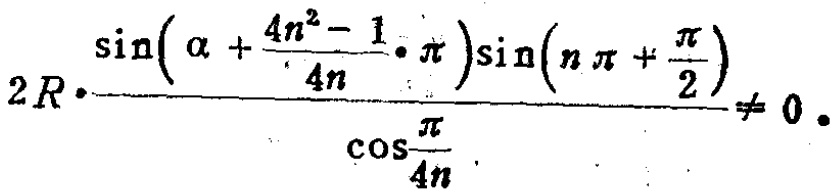
\[2R\cdot\frac{\sin\left(\alpha + \frac{4n^{2}-1}{4n}\cdot\pi\right)\sin\left(n\pi+\frac{\pi}{2}\right)}{\cos\frac{\pi}{4n}}\neq 0.\]